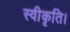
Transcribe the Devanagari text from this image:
स्वीकृति।